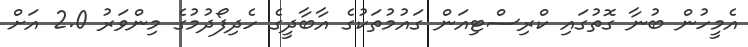
އެމީހުން ބުނާ ގޮތުގައި ކްރިސްޓިއަން ގައުމުތަކުގެ އާބާދީގެ ހެދިފޯދުމުގެ މިންވަރު 2.0 އަށް